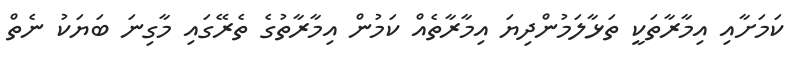
ކަމަށާއި އިމާރާތަކީ ތަޅާލަމުންދިޔަ އިމާރާތެއް ކަމުން އިމާރާތުގެ ތެރޭގައި މާގިނަ ބަޔަކު ނެތް